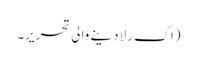
(اک رلا دینے والی تحریر۔